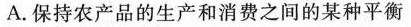
A.保持农产品的生产和消费之间的某种平衡